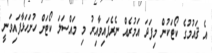
އެ ޤައުމުގެ ކޯޓަކުން މިފަދަ އަމުރެއް ނެރެފައިވާއިރު މި މައްސަލަ ކޯޓަށް ހުށަހަޅާފައިވަނީ